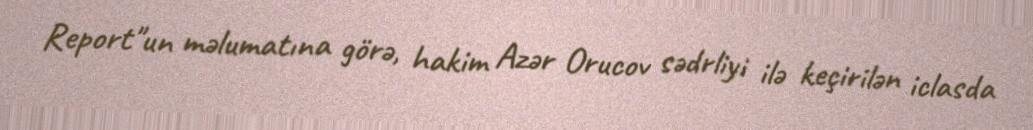
Report"un məlumatına görə, hakim Azər Orucov sədrliyi ilə keçirilən iclasda